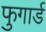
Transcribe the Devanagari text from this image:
फुगार्ड